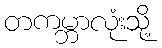
တကမ္ဘာလုံးသို့